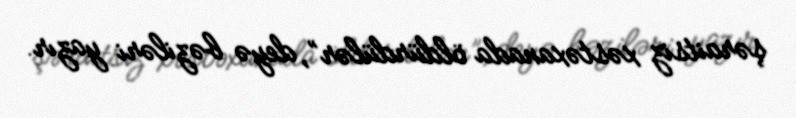
şəraitsiz xəstəxanada öldürdülər”, deyə bəziləri yazır.